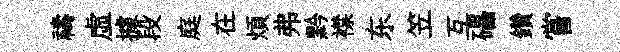
禱虚據段庭在煩弗黔襟东笠互礧鑽嘗